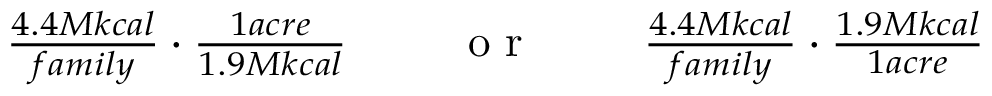
\begin{array} { r l r } { \frac { 4 . 4 M k c a l } { f a m i l y } \cdot \frac { 1 a c r e } { 1 . 9 M k c a l } } & { { } \textrm { ~ ~ o r ~ ~ } } & { \frac { 4 . 4 M k c a l } { f a m i l y } \cdot \frac { 1 . 9 M k c a l } { 1 a c r e } } \end{array}